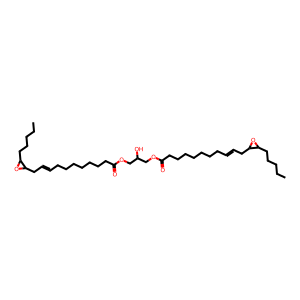
SMILES: CCCCCC1OC1CC=CCCCCCCCC(=O)OCC(O)COC(=O)CCCCCCCC=CCC1OC1CCCCC
Inhibits HIV replication: No